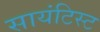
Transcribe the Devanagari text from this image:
सायंटिस्ट